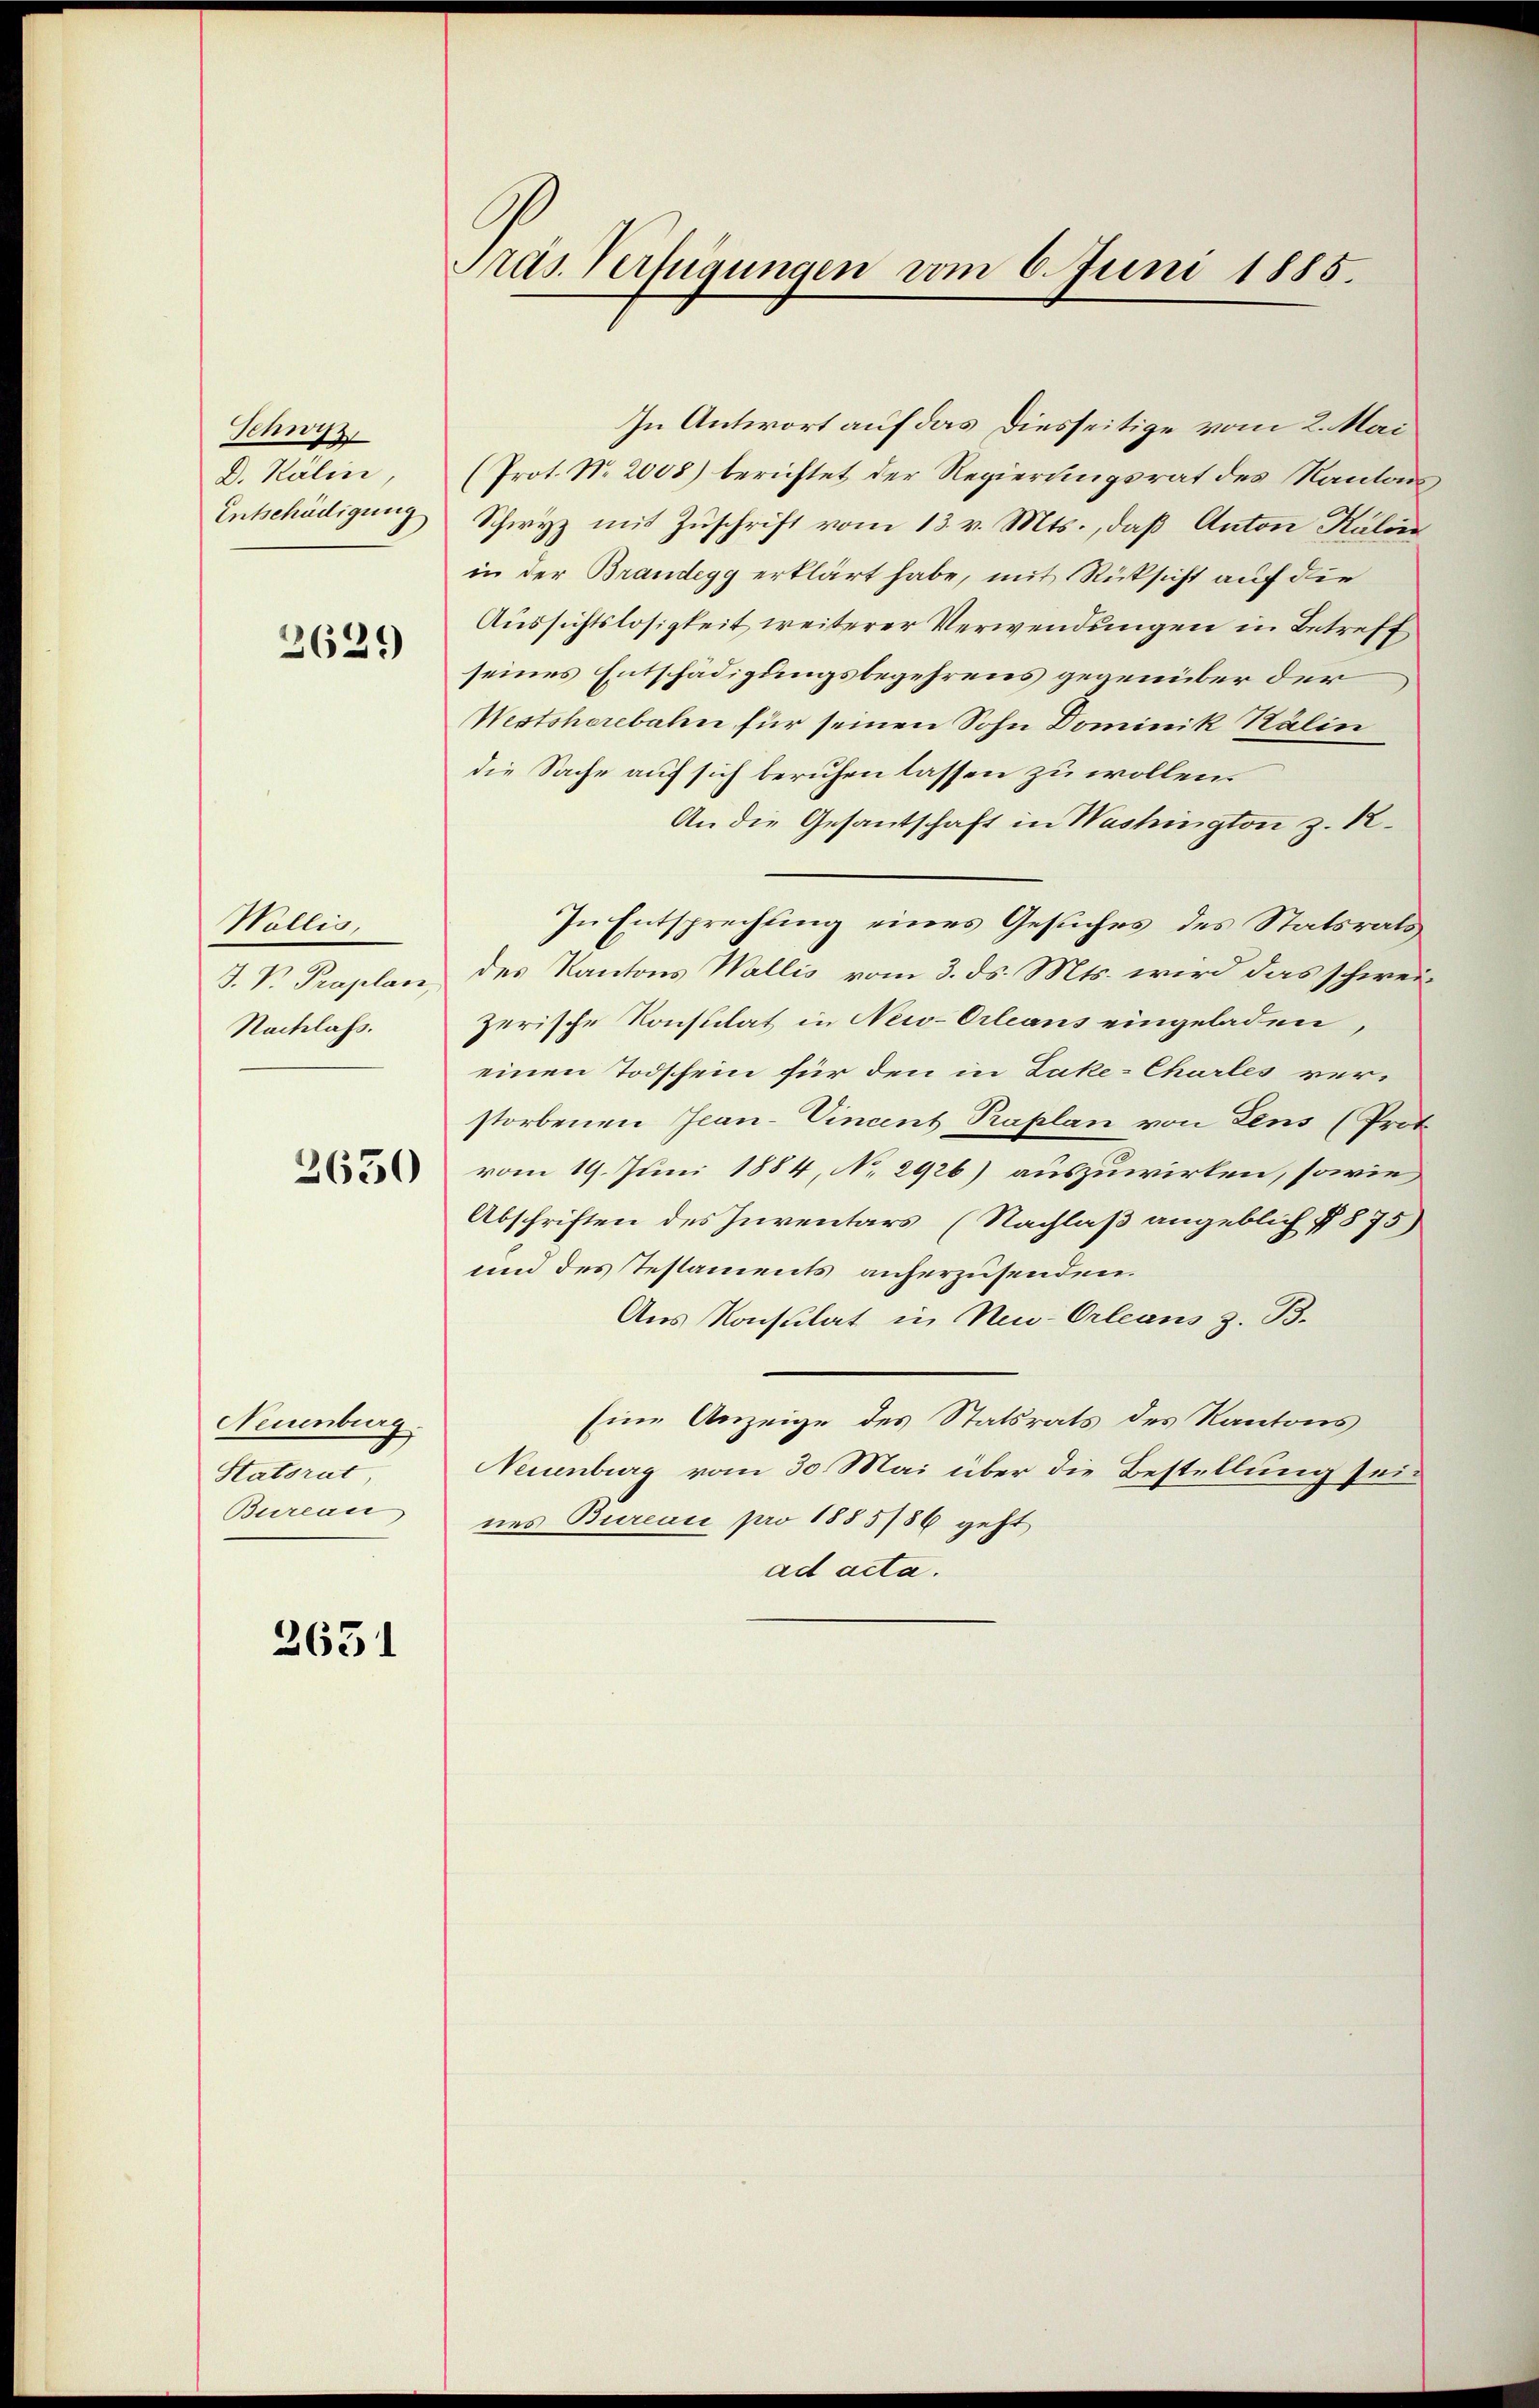
Schwyz,
D. Kälin,
Entschädigung

2629

Wollis,
J. V. Praplan,
Nachlass.

2650

Neuenburg
Statsrat
Bureau

2651

Ards. Verfügungen vom 6. Juni 1885.

In Antwort auf das Diesseitige vom 2. Mai
(Prot. N. 2008) berichtet der Regierungsrat des Kantons¬
Schwyz mit Zuschrift vom 13. v. Mts., daß Anton Kalin
in der Brandegg erklärt habe, mit Rücksicht auf die
Aussichtslosigkeit weiterer Verwendungen in Betreff
seines Entschädigungsbegehrens gegenüber der
Westshorebahn für seinen Sohn Dominik Kälin
die Sache auf sich beruhen lassen zu wollen.
An die Gesantschaft in Washington z. 12.
In Entsprechung eines Gesuches des Statsrath,
des Kantons Wallis vom 3. ds. Mts. wird das schweizerische Konsulat in New-Orleans eingeladen,
einen Todschein für den in Zake-Churles ver-
storbenen Jean-Vincent Paplan von Lens (Prot
vom 19. Juni 1884, No 2926) auszuwirken, sowie
Abschriften des Inventars (Nachlaß angeblich 7875)
und des Testaments anherzusenden.
Aus Konsulat in Neu-Orleans z. B.
Eine Anzeige des Statsrats des Kantons
NNeuenburg vom 30. Mai über die Bestellung seines Bureau pro 1885/86 geht
ad acta.